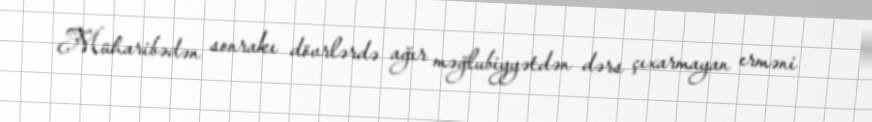
Müharibədən sonrakı dövrlərdə ağır məğlubiyyətdən dərs çıxarmayan erməni